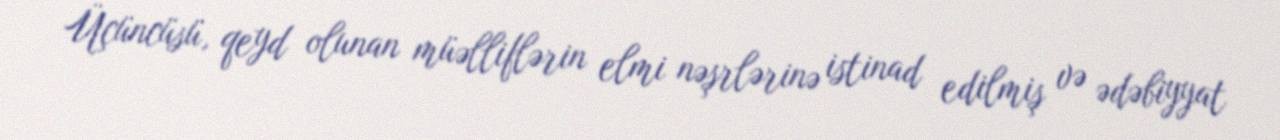
Üçüncüsü, qeyd olunan müəlliflərin elmi nəşrlərinə istinad edilmiş və ədəbiyyat